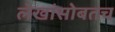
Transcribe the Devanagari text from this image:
लेखांसोबतच